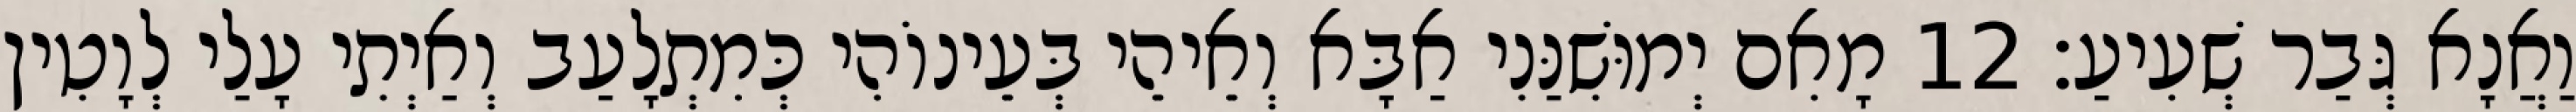
וַאֲנָא גְּבַר שְׁעִיעַ׃ 12 מָאִם יְמוּשִׁנַּנִי אַבָּא וְאֵיהֵי בְּעֵינוֹהִי כְּמִתְלָעַב וְאַיְתִי עָלַי לְוָטִין